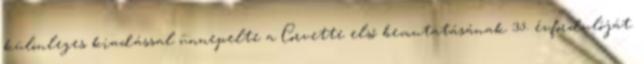
különleges kiadással ünnepelte a Corvette első bemutatásának 35. évfordulóját.